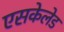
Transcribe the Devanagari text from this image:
एसकेलेड